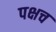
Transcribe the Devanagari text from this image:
पक्षच